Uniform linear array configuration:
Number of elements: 8
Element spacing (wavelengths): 0.75
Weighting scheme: uniform
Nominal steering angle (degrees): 60
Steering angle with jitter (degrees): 58.073
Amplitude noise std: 0.05
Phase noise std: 0.05

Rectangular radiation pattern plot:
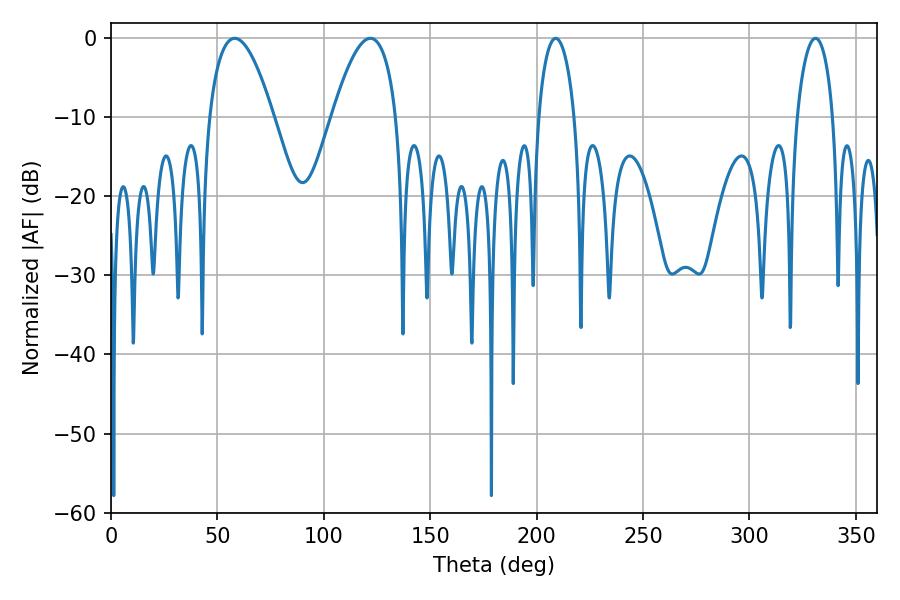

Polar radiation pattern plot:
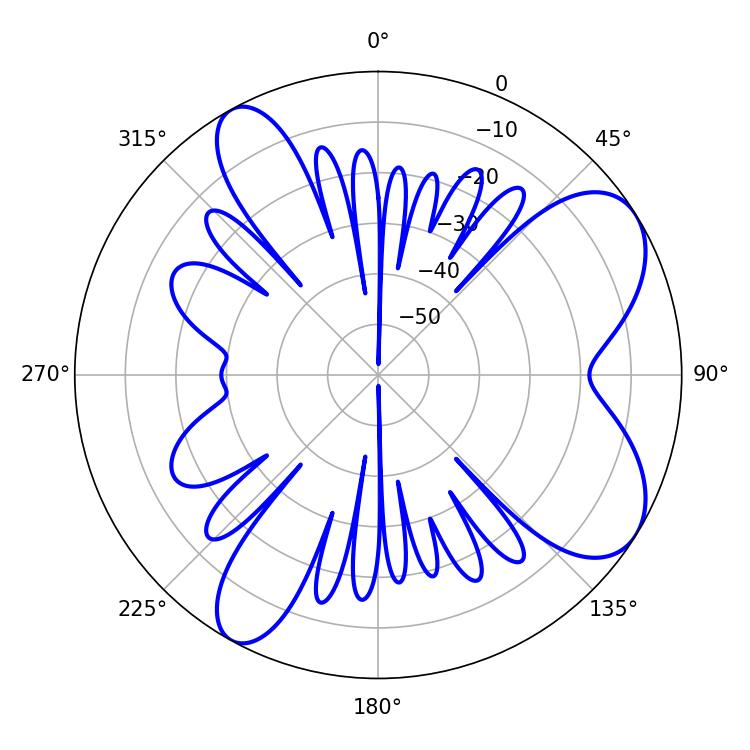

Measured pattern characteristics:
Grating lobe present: TRUE
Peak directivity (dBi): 7.516
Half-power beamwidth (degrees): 16.74
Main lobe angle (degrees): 58.14